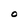
Character: O